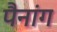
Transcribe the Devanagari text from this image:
पैनांग